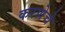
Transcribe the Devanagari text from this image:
करणेचे